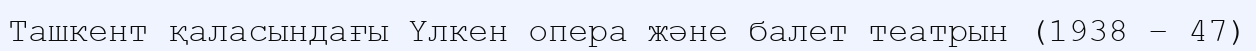
Ташкент қаласындағы Үлкен опера және балет театрын (1938 – 47)